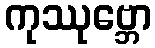
ကုဿုဗ္ဘော